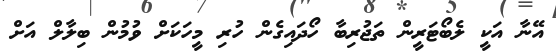
އޭނާ އަކީ ލެބޯޓަރީން ތަޖުރިބާ ހޯދައިގެން ހުރި މީހަކަށް ވުމުން ބިލާލް އަށް